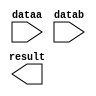
module dsp_multiplier (
	dataa,
	datab,
	result);

	input	[7:0]  dataa;
	input	[7:0]  datab;
	output	[15:0]  result;

endmodule